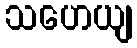
သဟေယျ